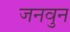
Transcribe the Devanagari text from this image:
जनवुन